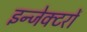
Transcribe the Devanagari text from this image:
इन्जेक्टरों